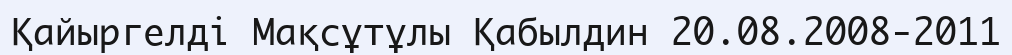
Қайыргелді Мақсұтұлы Қабылдин 20.08.2008-2011